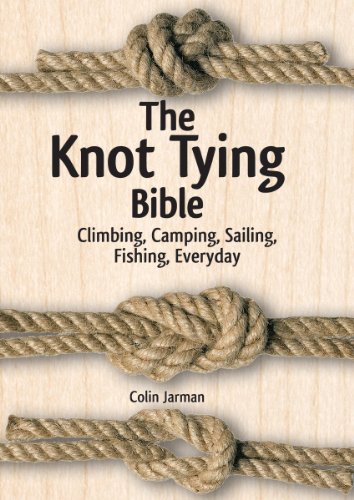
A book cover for The Knot Tying Bible: Climbing, Camping, Sailing, Fishing, Everyday; Colin Jarman; Crafts, Hobbies & Home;